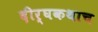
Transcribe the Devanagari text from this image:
दीर्घकथाच